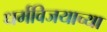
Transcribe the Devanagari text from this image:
धर्मविजयाच्या